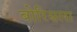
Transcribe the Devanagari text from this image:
बोरिसला